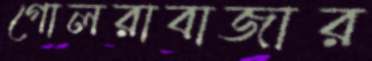
গোলরাবাজার